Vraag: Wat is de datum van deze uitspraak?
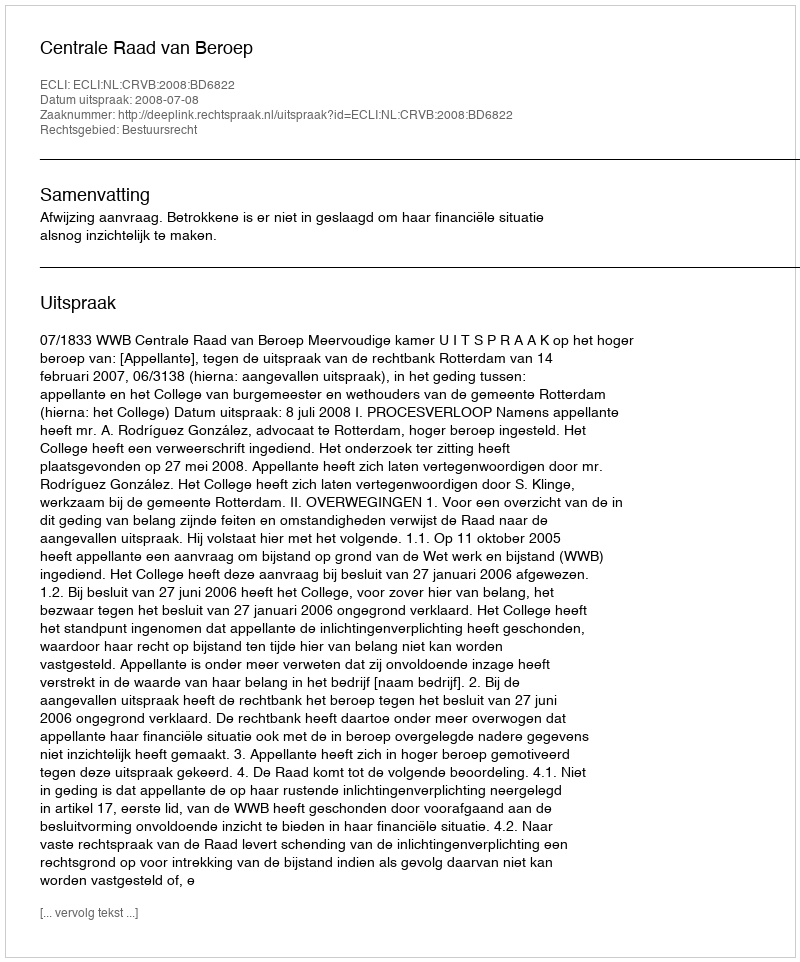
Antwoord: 2008-07-08